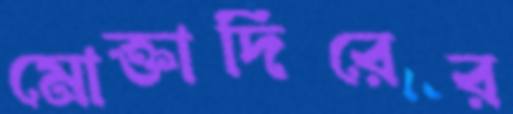
মোক্তাদিরের